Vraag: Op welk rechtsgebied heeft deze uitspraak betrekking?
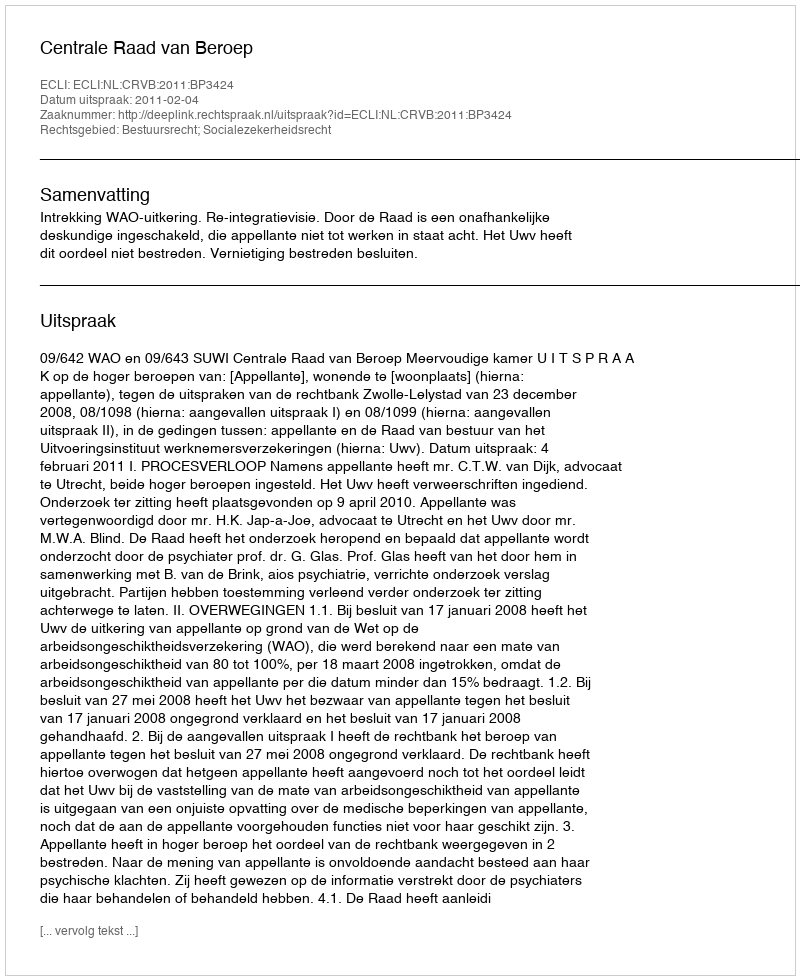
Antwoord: Bestuursrecht; Socialezekerheidsrecht